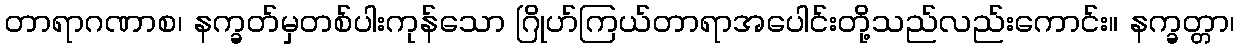
တာရာဂဏာစ၊ နက္ခတ်မှတစ်ပါးကုန်သော ဂြိုဟ်ကြယ်တာရာအပေါင်းတို့သည်လည်းကောင်း။ နက္ခတ္တာ၊